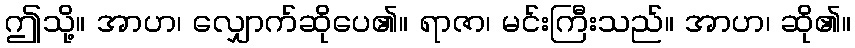
ဤသို့။ အာဟ၊ လျှောက်ဆိုပေ၏။ ရာဇာ၊ မင်းကြီးသည်။ အာဟ၊ ဆို၏။